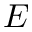
E